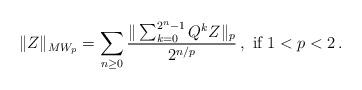
LaTeX: \begin{gather*}\|Z\|_{MW_p}=\sum_{n\ge 0} \frac{\|\sum_{k=0}^{2^n-1}Q^k Z\|_{p}}{2^{n/p}}\, , \mbox{ if $1<p<2$}\, .\end{gather*}